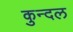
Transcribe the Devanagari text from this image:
कुन्दल